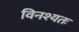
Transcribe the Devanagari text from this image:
विनश्यतः